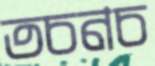
তচনচ